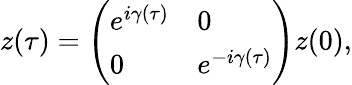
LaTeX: z(\tau)=\left(\begin{array}{ll}{e^{i\gamma(\tau)}}&{0}\\ {0}&{e^{-i\gamma(\tau)}}\end{array}\right)z(0),